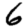
Digit: 6